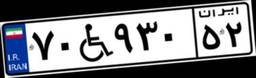
۷۰W۹۳۰۵۲